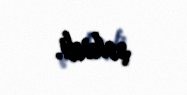
şəhidi.